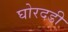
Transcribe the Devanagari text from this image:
घोरदडी